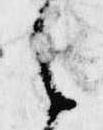
之